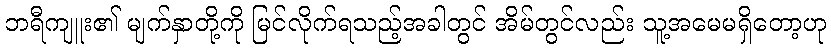
ဘရီကျူး၏ မျက်နှာတို့ကို မြင်လိုက်ရသည့်အခါတွင် အိမ်တွင်လည်း သူ့အမေမရှိတော့ဟု